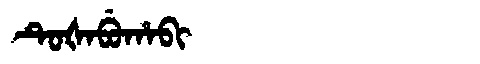
Manchu: ᡨᡠᡧᠠᠪᡠᡥᠠᠪᡳ
Romanization: TUŠABUHABI